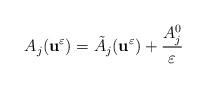
LaTeX: \begin{align*}A_{j}(\textbf{u}^{\varepsilon})=\tilde{A}_{j}(\textbf{u}^{\varepsilon}) + \frac{{A}^{0}_{j}}{\varepsilon}\end{align*}